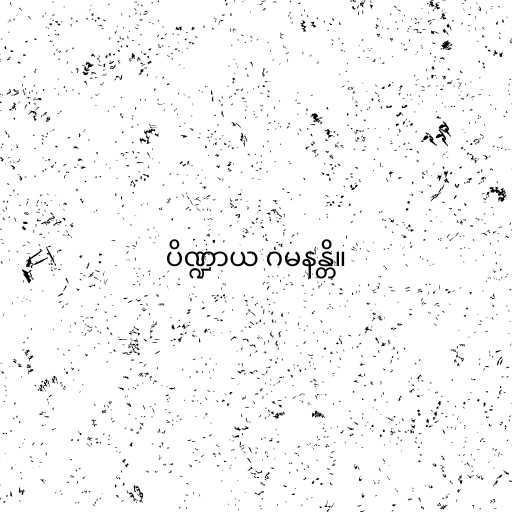
ပိဏ္ဍာယ ဂမနန္တိ။